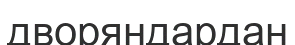
дворяндардан